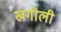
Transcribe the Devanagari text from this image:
खगोली